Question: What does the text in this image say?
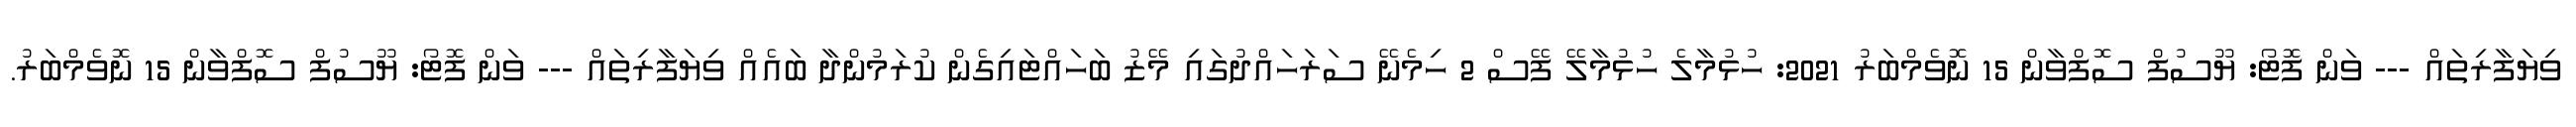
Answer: ވިޔަފާރިތައް --- ވަން ފޮޓޯ: ޔޫސުފް ސޮފްވާން 15 ނޮވެމްބަރު 2021: ހުޅުމާލެ ހުޅުމާލޭ ފޭސް 2 ހިމެނޭ ސަރަހައްދުގައި މޭޒު ބަހައްޓައިގެން ކުރަމުންދާ ބައެއް ވިޔަފާރިތައް --- ވަން ފޮޓޯ: ޔޫސުފް ސޮފްވާން 15 ނޮވެމްބަރު.